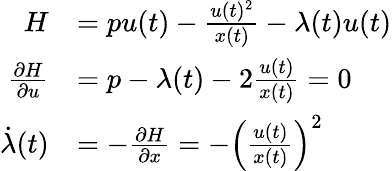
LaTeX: {\begin{array}{rl}{H}&{=pu(t)-{\frac{u(t)^{2}}{x(t)}}-\lambda(t)u(t)}\\ {{\frac{\partial H}{\partial u}}}&{=p-\lambda(t)-2{\frac{u(t)}{x(t)}}=0}\\ {{\dot{\lambda}}(t)}&{=-{\frac{\partial H}{\partial x}}=-\left({\frac{u(t)}{x(t)}}\right)^{2}}\end{array}}